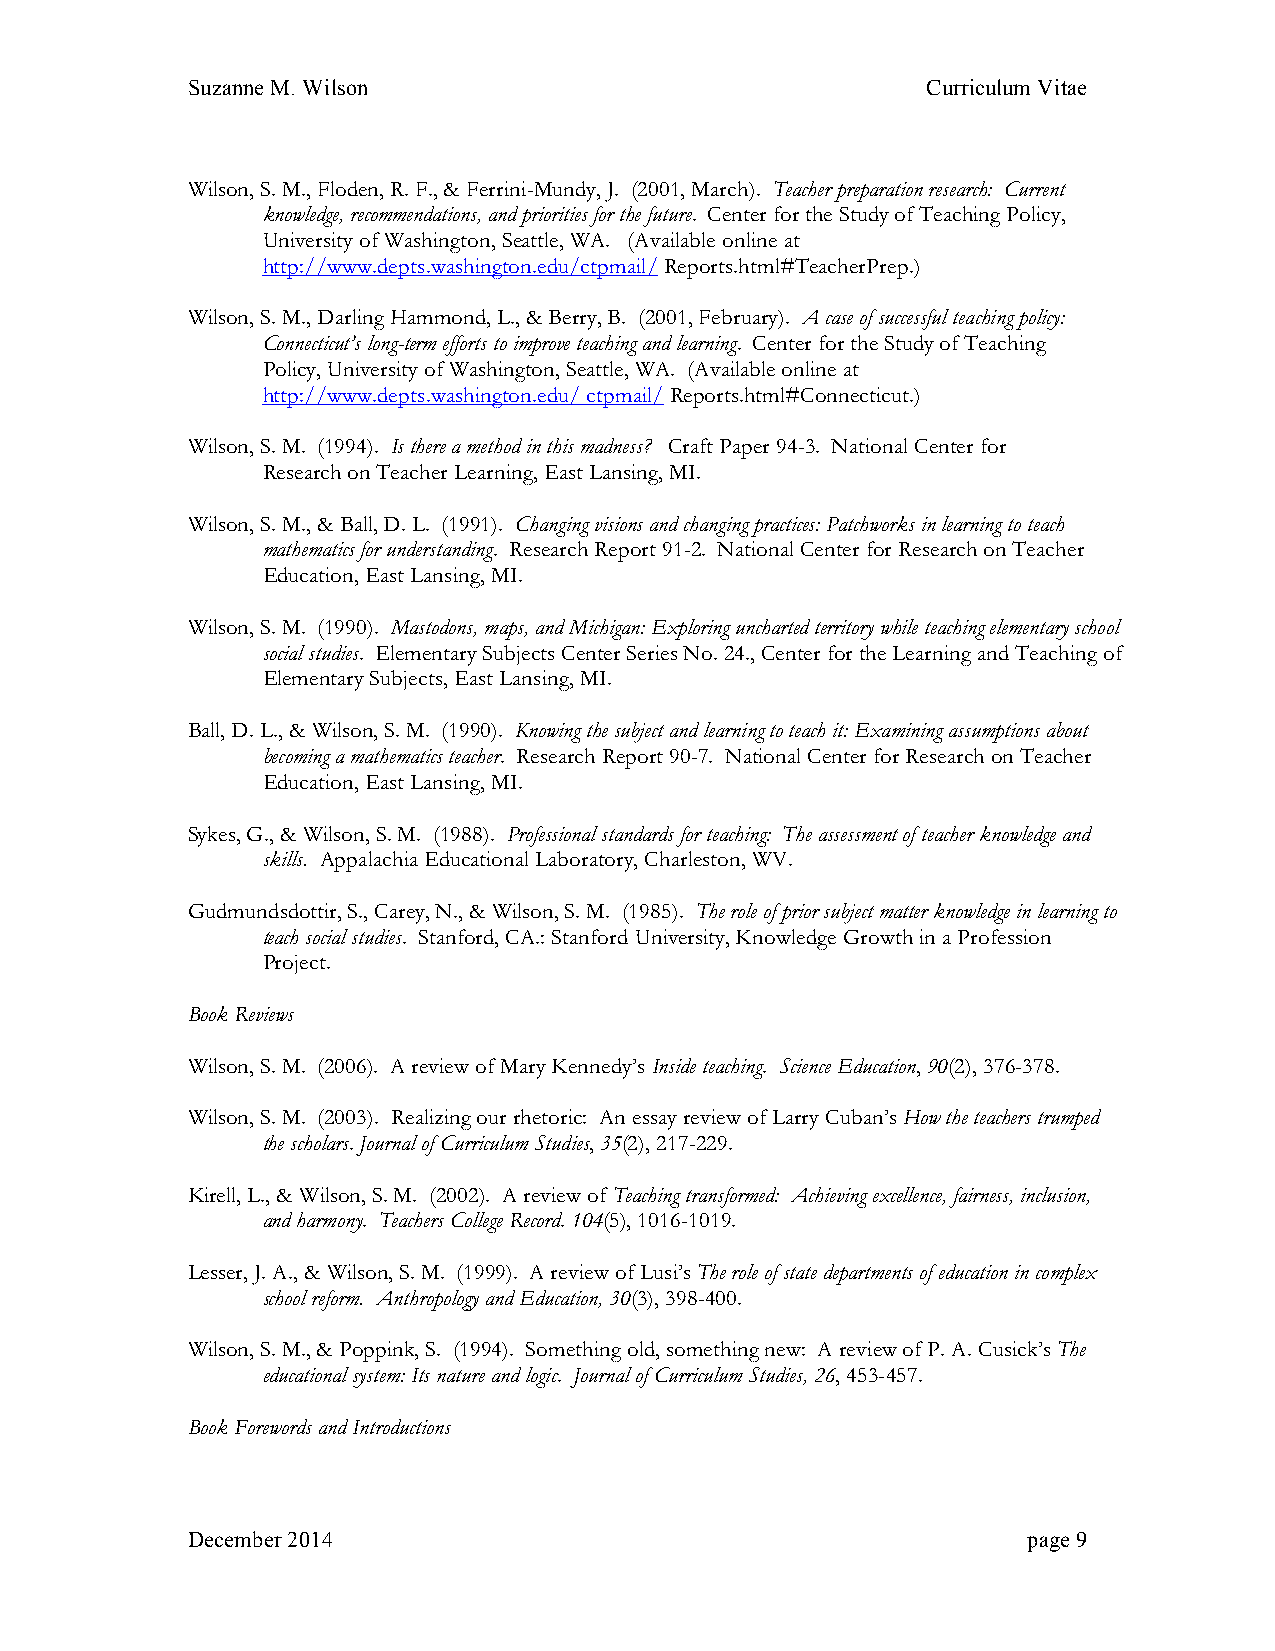
Suzanne M. Wilson                                Curriculum Vitae
 Wilson, S. M., Floden, R. F., & Ferrini-Mundy, J. (2001, March). Teacher preparation research: Current
 knowledge, recommendations, and priorities for the future. Center for the Study of Teaching Policy,
 University of Washington, Seattle, WA. (Available online at
 http://www.depts.washington.edu/ctpmail/ Reports.html#TeacherPrep.)
 Wilson, S. M., Darling Hammond, L., & Berry, B. (2001, February). A case of successful teaching policy:
 Connecticut’s long-term efforts to improve teaching and learning. Center for the Study of Teaching
 Policy, University of Washington, Seattle, WA. (Available online at
 http://www.depts.washington.edu/ ctpmail/ Reports.html#Connecticut.)
 Wilson, S. M. (1994). Is there a method in this madness? Craft Paper 94-3. National Center for
 Research on Teacher Learning, East Lansing, MI.
 Wilson, S. M., & Ball, D. L. (1991). Changing visions and changing practices: Patchworks in learning to teach
 mathematics for understanding. Research Report 91-2. National Center for Research on Teacher
 Education, East Lansing, MI.
 Wilson, S. M. (1990). Mastodons, maps, and Michigan: Exploring uncharted territory while teaching elementary school
 social studies. Elementary Subjects Center Series No. 24., Center for the Learning and Teaching of
 Elementary Subjects, East Lansing, MI.
 Ball, D. L., & Wilson, S. M. (1990). Knowing the subject and learning to teach it: Examining assumptions about
 becoming a mathematics teacher. Research Report 90-7. National Center for Research on Teacher
 Education, East Lansing, MI.
 Sykes, G., & Wilson, S. M. (1988). Professional standards for teaching: The assessment of teacher knowledge and
 skills. Appalachia Educational Laboratory, Charleston, WV.
 Gudmundsdottir, S., Carey, N., & Wilson, S. M. (1985). The role of prior subject matter knowledge in learning to
 teach social studies. Stanford, CA.: Stanford University, Knowledge Growth in a Profession
 Project.
 Book Reviews
 Wilson, S. M. (2006). A review of Mary Kennedy’s Inside teaching. Science Education, 90(2), 376-378.
 Wilson, S. M. (2003). Realizing our rhetoric: An essay review of Larry Cuban’s How the teachers trumped
 the scholars. Journal of Curriculum Studies, 35(2), 217-229.
 Kirell, L., & Wilson, S. M. (2002). A review of Teaching transformed: Achieving excellence, fairness, inclusion,
 and harmony. Teachers College Record. 104(5), 1016-1019.
 Lesser, J. A., & Wilson, S. M. (1999). A review of Lusi’s The role of state departments of education in complex
 school reform. Anthropology and Education, 30(3), 398-400.
 Wilson, S. M., & Poppink, S. (1994). Something old, something new: A review of P. A. Cusick’s The
 educational system: Its nature and logic. Journal of Curriculum Studies, 26, 453-457.
 Book Forewords and Introductions
 December 2014                                           page 9